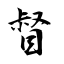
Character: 督